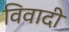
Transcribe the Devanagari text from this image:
विवादी